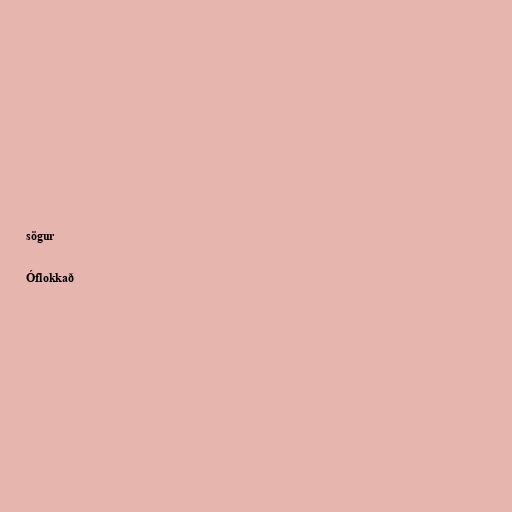
sögur

Óflokkað